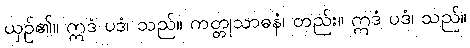
ယှဉ်၏။ ဣဒံ ပဒံ၊ သည်။ ကတ္တုသာဓနံ၊ တည်း။ ဣဒံ ပဒံ၊ သည်။